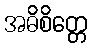
အဓိစိတ္တေ